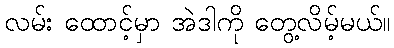
လမ်း ထောင့်မှာ အဲဒါကို တွေ့လိမ့်မယ်။